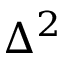
\Delta ^ { 2 }